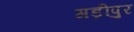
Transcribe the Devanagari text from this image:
गड़ीपुर